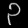
Digit: ၃